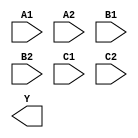
module sky130_fd_sc_ls__a222oi (
    //# {{data|Data Signals}}
    input  A1,
    input  A2,
    input  B1,
    input  B2,
    input  C1,
    input  C2,
    output Y
);

    // Voltage supply signals
    supply1 VPWR;
    supply0 VGND;
    supply1 VPB ;
    supply0 VNB ;

endmodule